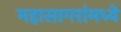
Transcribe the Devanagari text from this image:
महासागरांमध्ये